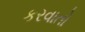
કરવાતો